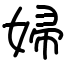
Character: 婦